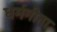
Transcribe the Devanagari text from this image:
धर्मगीता